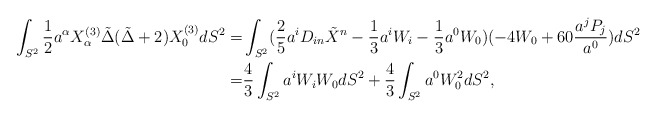
\begin{align*} \int _{S^2} \frac{1}{2}a^\alpha X_{\alpha}^{(3)} \tilde \Delta (\tilde \Delta+2) X_0^{(3)} dS^2 =& \int _{S^2} (\frac{2}{5}a^i D_{in} \tilde X^n - \frac{1}{3} a^i W_i -\frac{1}{3} a^0 W_0)( -4W_0 +60 \frac{a^j P_j}{a^0} ) dS^2 \\ =&\frac{4}{3} \int _{S^2} a^i W_iW_0 dS^2+\frac{4}{3} \int_{S^2} a^0 W_0^2 dS^2,\end{align*}